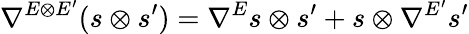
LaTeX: \nabla^{E\otimes E^{\prime}}(s\otimes s^{\prime})=\nabla^{E}s\otimes s^{\prime}+s\otimes\nabla^{E^{\prime}}s^{\prime}